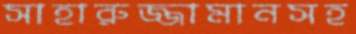
সাহারুজ্জামানসহ